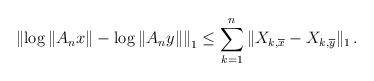
LaTeX: \begin{align*}\left \|\log \|A_n x\|-\log \|A_n y\| \right \|_1 \leq \sum_{k=1}^n \|X_{k,\overline x}-X_{k, \overline y} \|_1 \, .\end{align*}